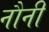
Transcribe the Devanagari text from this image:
नौनी